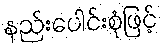
နည်းပေါင်းစုံဖြင့်